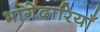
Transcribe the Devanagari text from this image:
भागेदारियाँ